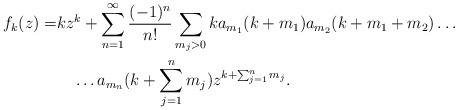
LaTeX: \begin{align*}f_k(z)=& kz^k+\sum_{n=1}^{\infty}\frac{(-1)^n}{n!}\sum_{m_j>0}ka_{m_1}(k+m_1)a_{m_2}(k+m_1+m_2)\dots\\&\quad\dots a_{m_n} (k+\sum_{j=1}^n m_j) z^{k+\sum_{j=1}^n m_j}.\end{align*}